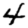
Digit: 4